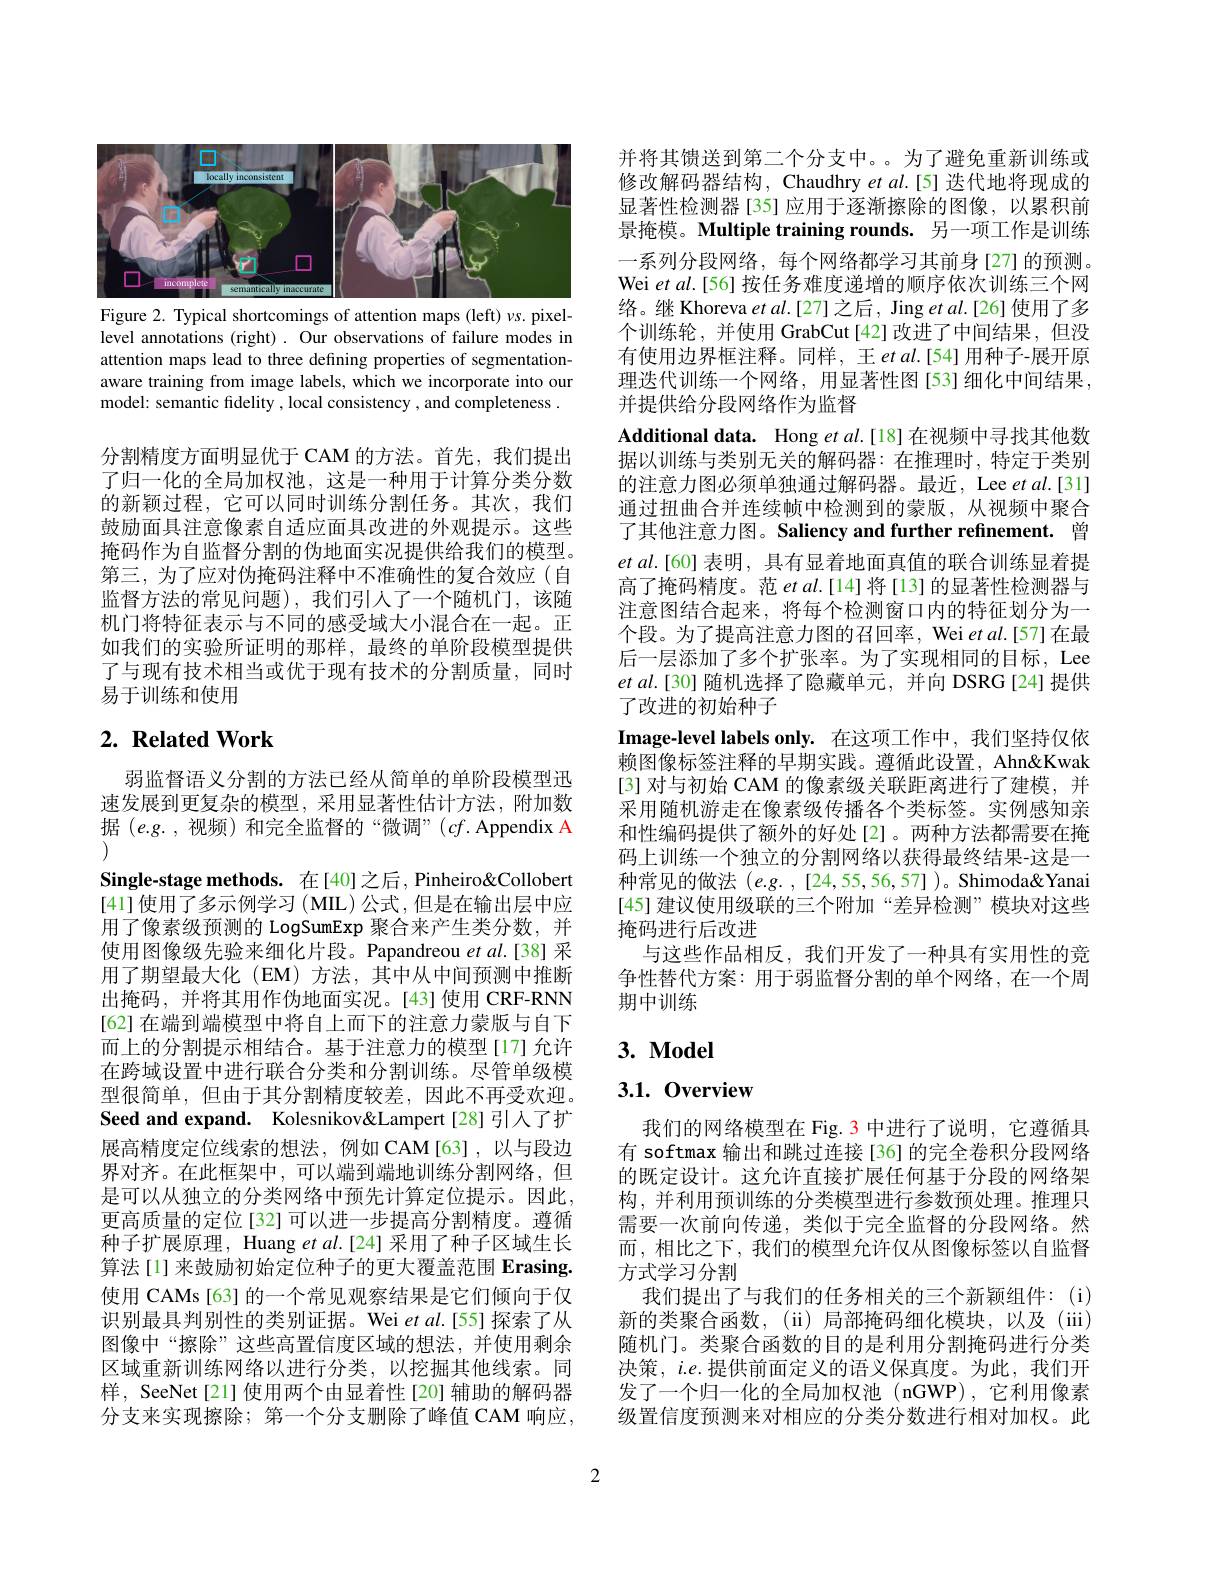
<FigureHere>
Figure 2. Typical shortcomings of attention maps (left) $vs.$ pixel-

level annotations (right) . Our observations of failure modes in attention maps lead to three defining properties of segmentationaware training from image labels, which we incorporate into our model: semantic fidelity , local consistency , and completeness .

分割精度方面明显优于 CAM 的方法。首先，我们提出了归一化的全局加权池，这是一种用于计算分类分数的新颖过程，它可以同时训练分割任务。其次，我们鼓励面具注意像素自适应面具改进的外观提示。这些掩码作为自监督分割的伪地面实况提供给我们的模型。第三，为了应对伪掩码注释中不准确性的复合效应(自监督方法的常见问题),我们引人了一个随机门，该随机门将特征表示与不同的感受域大小混合在一起。正如我们的实验所证明的那样，最终的单阶段模型提供了与现有技术相当或优于现有技术的分割质量，同时易于训练和使用

# 2. Related Work

弱监督语义分割的方法已经从简单的单阶段模型迅速发展到更复杂的模型，采用显著性估计方法，附加数据$(e.g.$,视频) 和完全监督的“微调”$(cf.$ Appendix A
Single-stage methods.在[40]之后，Pinheiro&Collobert [41]使用了多示例学习(MIL)公式，但是在输出层中应用了像素级预测的 LogSumExp 聚合来产生类分数，并使用图像级先验来细化片段。Papandreou et al.[38] 采用了期望最大化(EM)方法，其中从中间预测中推断出掩码，并将其用作伪地面实况。[43]使用 CRF-RNN [62] 在端到端模型中将自上而下的注意力蒙版与自下而上的分割提示相结合。基于注意力的模型[17]允许在跨域设置中进行联合分类和分割训练。尽管单级模型很简单，但由于其分割精度较差，因此不再受欢迎。Seed and expand. Kolesnikov&Lampert[28]引入了扩展高精度定位线索的想法，例如 CAM[63],以与段边界对齐。在此框架中，可以端到端地训练分割网络，但是可以从独立的分类网络中预先计算定位提示。因此， 更高质量的定位[32]可以进一步提高分割精度。遵循种子扩展原理，Huang et al.[24] 采用了种子区域生长算法[1]来鼓励初始定位种子的更大覆盖范围 Erasing. 使用 CAMs [63] 的一个常见观察结果是它们倾向于仅识别最具判别性的类别证据。Wei $etal.[55]$探索了从图像中“擦除”这些高置信度区域的想法，并使用剩余区域重新训练网络以进行分类，以挖掘其他线索。同样，SeeNet[21] 使用两个由显着性[20] 辅助的解码器分支来实现擦除；第一个分支删除了峰值 CAM 响应，

并将其馈送到第二个分支中。。为了避免重新训练或修改解码器结构，Chaudhry et al.[5] 迭代地将现成的显著性检测器[35]应用于逐渐擦除的图像，以累积前景掩模。Multiple training rounds. 另一项工作是训练一系列分段网络，每个网络都学习其前身[27]的预测。Wei et al.[56] 按任务难度递增的顺序依次训练三个网络。继 Khoreva $etal.[27]$之后，Jing et al.[26]使用了多个训练轮，并使用 GrabCut[42]改进了中间结果，但没有使用边界框注释。同样，王$etal.[54]$用种子-展开原理迭代训练一个网络，用显著性图[53]细化中间结果， 并提供给分段网络作为监督
Additional data. Hong et $al.[18]$在视频中寻找其他数据以训练与类别无关的解码器：在推理时，特定于类别的注意力图必须单独通过解码器。最近，Lee et al.[31] 通过扭曲合并连续帧中检测到的蒙版，从视频中聚合了其他注意力图。Saliency and further refinement. 曾$etal.[60]$表明，具有显着地面真值的联合训练显着提高了掩码精度。范$etal.[14]$将[13]的显著性检测器与注意图结合起来，将每个检测窗口内的特征划分为一个段。为了提高注意力图的召回率，Wei $etal.$[57]在最后一层添加了多个扩张率。为了实现相同的目标，Lee $etal.[30]$随机选择了隐藏单元，并向 DSRG[24]提供了改进的初始种子
Image-level labels only. 在这项工作中，我们坚持仅依赖图像标签注释的早期实践。遵循此设置，Ahn&Kwak [3] 对与初始 CAM 的像素级关联距离进行了建模，并采用随机游走在像素级传播各个类标签。实例感知亲和性编码提供了额外的好处[2]。两种方法都需要在掩码上训练一个独立的分割网络以获得最终结果-这是一种常见的做法$(e.g.,[24,55,56,57])$。Shimoda&Yanai [45] 建议使用级联的三个附加“差异检测”模块对这些掩码进行后改进
与这些作品相反，我们开发了一种具有实用性的竞争性替代方案：用于弱监督分割的单个网络，在一个周期中训练

# $3. \textbf{ Model}$

## 3.1.0verview

我们的网络模型在 Fig. 3 中进行了说明，它遵循具有 softmax 输出和跳过连接[36]的完全卷积分段网络的既定设计。这允许直接扩展任何基于分段的网络架构，并利用预训练的分类模型进行参数预处理。推理只需要一次前向传递，类似于完全监督的分段网络。然而，相比之下，我们的模型允许仅从图像标签以自监督方式学习分割
我们提出了与我们的任务相关的三个新颖组件：(i) 新的类聚合函数，(ii) 局部掩码细化模块，以及(iii) 随机门。类聚合函数的目的是利用分割掩码进行分类决策，$i.e.$提供前面定义的语义保真度。为此，我们开发了一个归一化的全局加权池(nGWP),它利用像素级置信度预测来对相应的分类分数进行相对加权。此

2